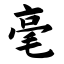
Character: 毫